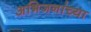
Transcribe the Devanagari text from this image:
अभिजनांच्या